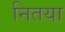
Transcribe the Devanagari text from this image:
नितया